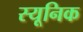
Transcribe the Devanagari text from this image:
स्यूनिक